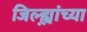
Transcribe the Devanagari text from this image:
जिल्ह्य़ांच्या